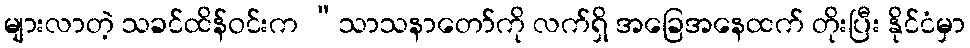
များလာတဲ့ သခင်ထိန်ဝင်းက “သာသနာတော်ကို လက်ရှိ အခြေအနေထက် တိုးပြီး နိုင်ငံမှာ